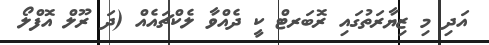
އަދި މި ޒިޔާރަތުގައި ރޮބަރޓް ކީ ދެއްވާ ލެކްޗައެއް (ދަ ރޫލް އޮފްލޯ